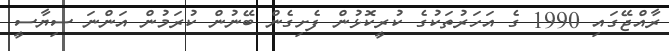
ރާއްޖޭގައި 1990 ގެ އަހަރުތަކުގެ ކުރީކޮޅުން ފެށިގެން ބޭނުން ކުރަމުން އަންނަ ސިޔާސީ